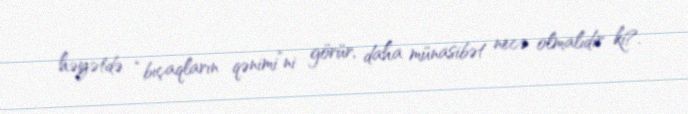
həyətdə “bıçaqların qənimi”ni görür, daha münasibət necə olmalıdır ki?.